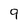
Character: 9